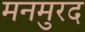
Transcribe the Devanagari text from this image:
मनमुरद